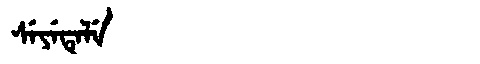
Manchu: ᠰᡝᠶᡝᡨᡝᠯᡝ
Romanization: SEYETELE